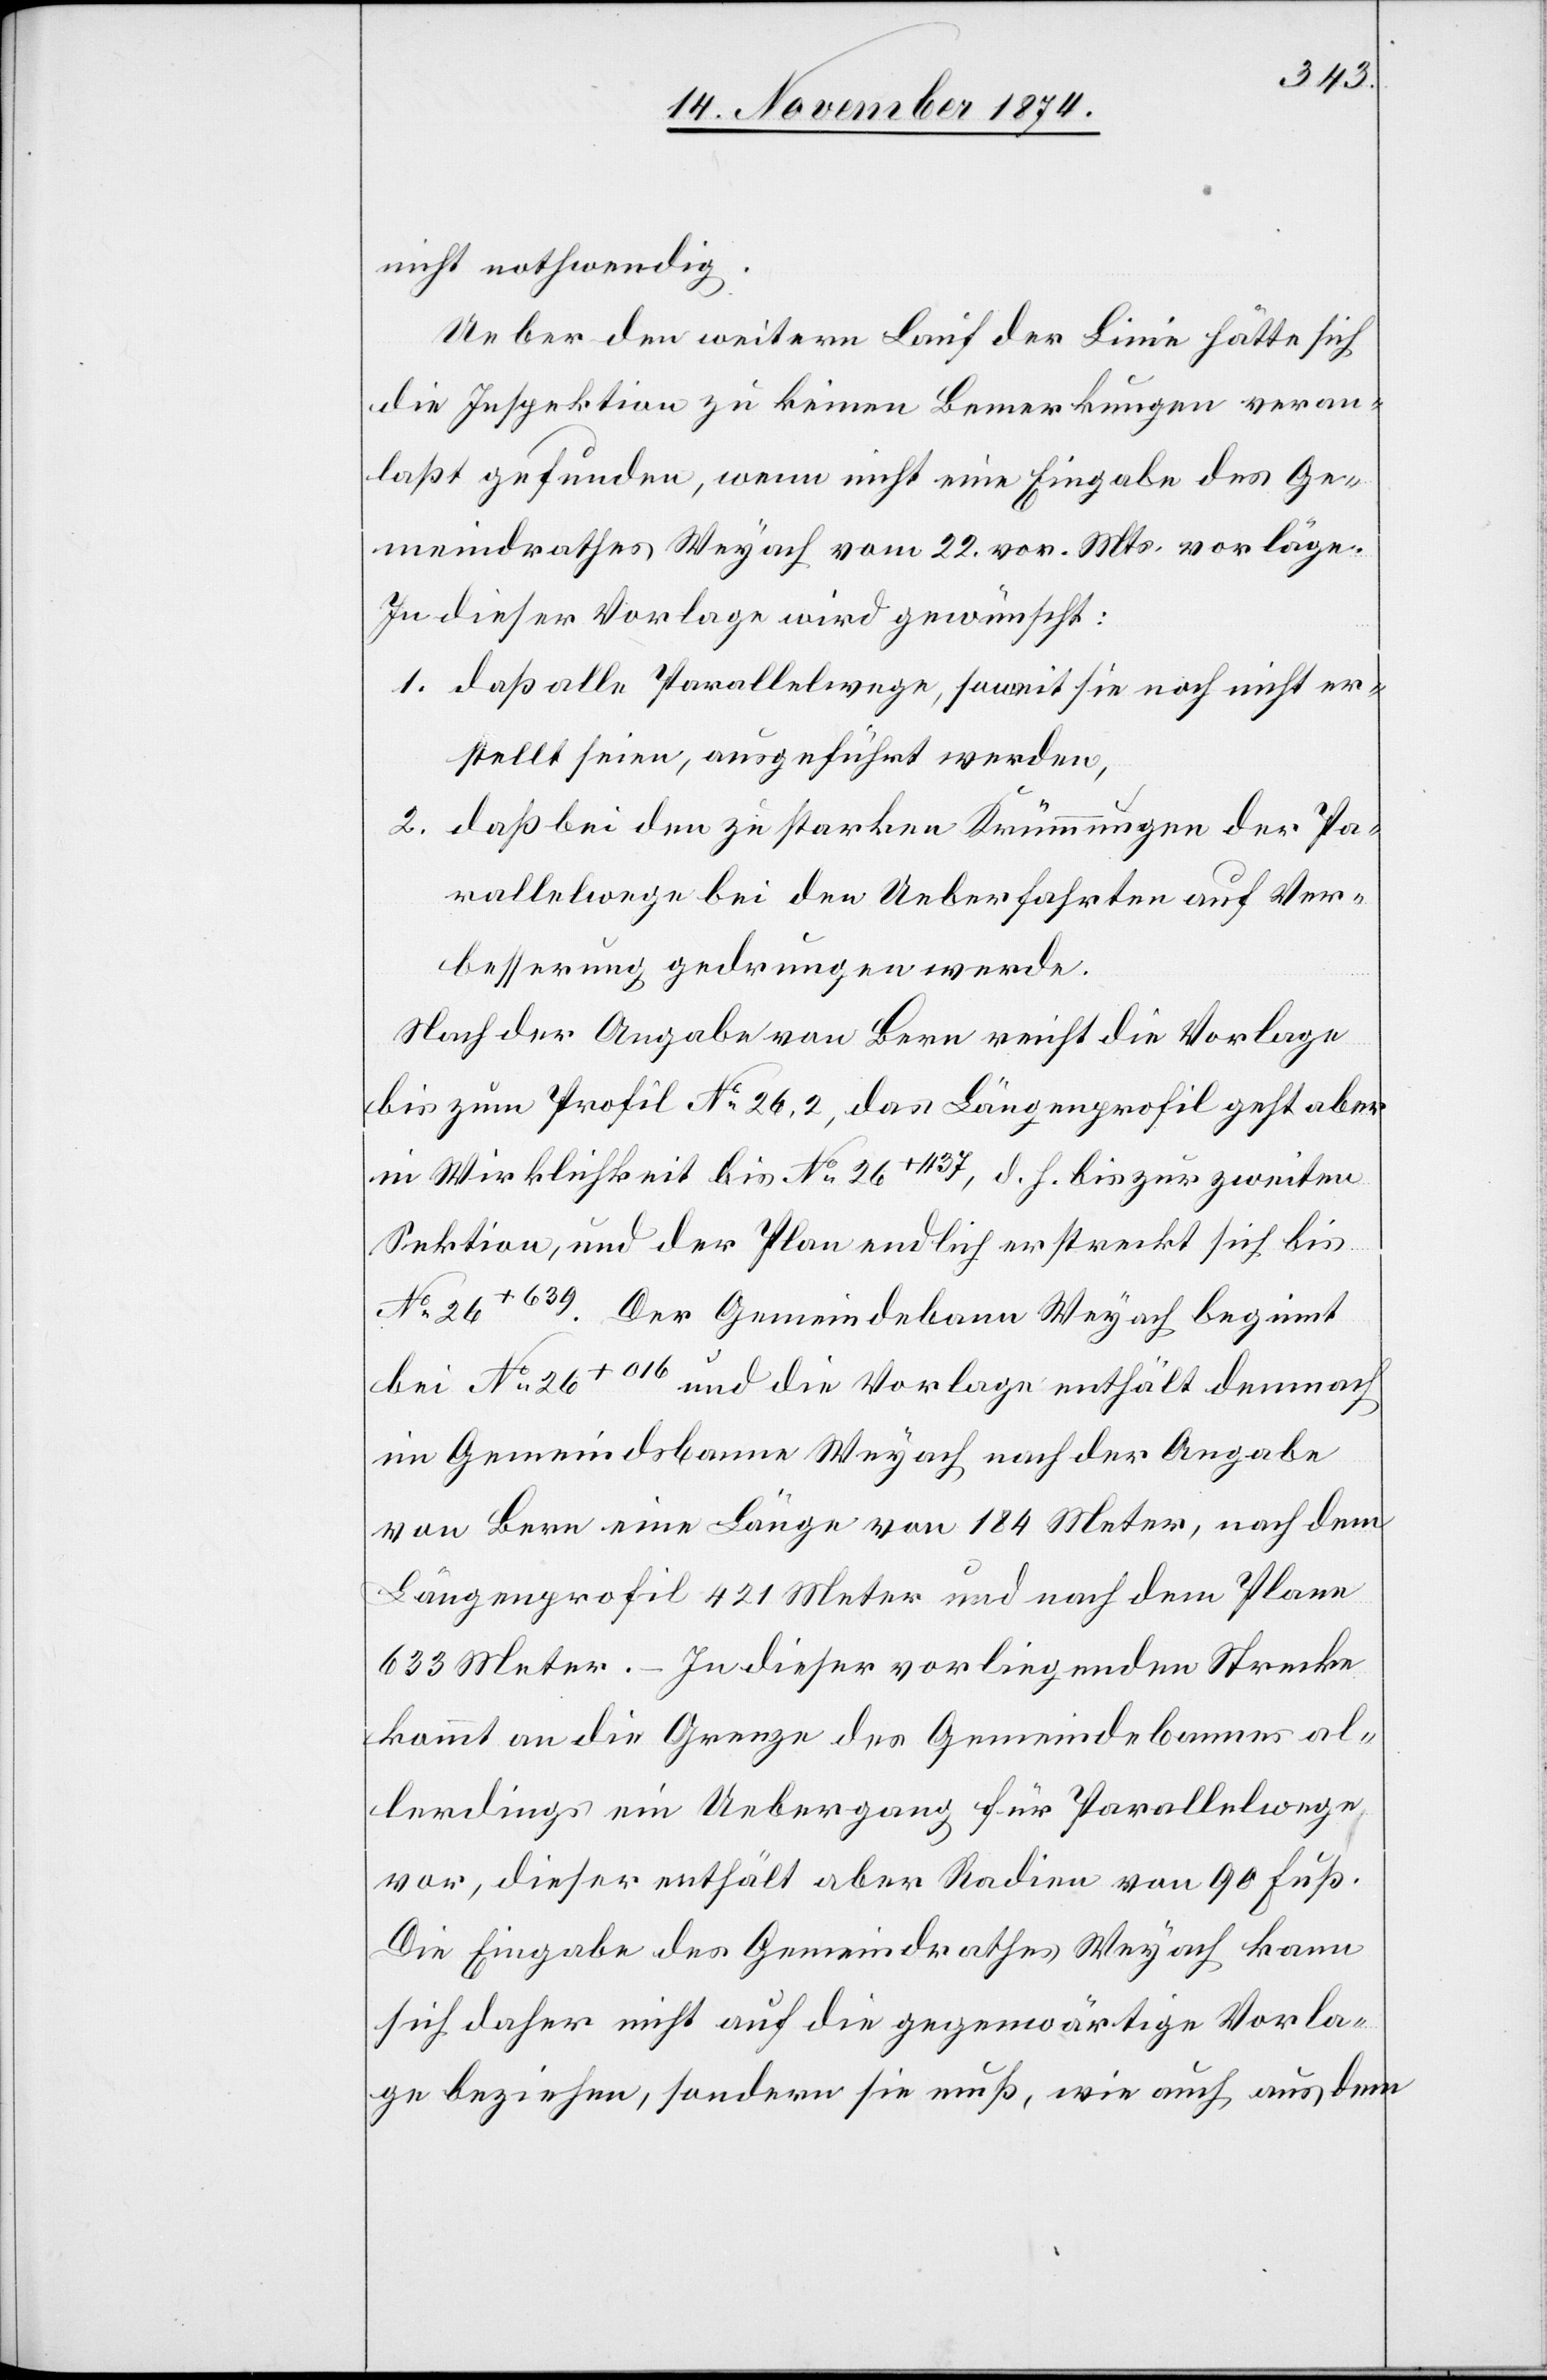
nicht nothwendig.
Ueber den weitern Lauf der Linie hätte sich
die Inspektion zu keinen Bemerkungen veran¬
laßt gefunden, wenn nicht eine Eingabe des Ge¬
meindrathes Weyach vom 22. vor. Mts. vorläge.
In dieser Vorlage wird gewünscht:
1. daß alle Parallelwege, soweit sie noch nicht er¬
stellt seien, ausgeführt werden,
2. daß bei den zu starken Krümmungen der Pa¬
rallelwege bei den Ueberfahrten auf Ver¬
besserung gedrungen werde.
Nach der Angabe von Bern reicht die Vorlage
bis zum Profil No 26,2, das Längenprofil geht aber
in Wirklichkeit bis No 26+1137, d. h. bis zur zweiten
Sektion, und der Plan endlich erstreckt sich bis
No 26+639. Der Gemeindebann Weyach beginnt
bei No 26+016 und die Vorlage enthält demnach
im Gemeindsbanne Weyach nach der Angabe
von Bern eine Länge von 184 Meter, nach dem
Längenprofil 421 Meter und nach dem Plane
633 Meter. – In dieser vorliegenden Strecke
kommt an die Grenze des Gemeindebannes al¬
lerdings ein Uebergang für Parallelwege
vor, dieser enthält aber Radien von 90 Fuß.
Die Eingabe des Gemeindrathes Weyach kann
sich daher nicht auf die gegenwärtige Vorla¬
ge beziehen, sondern sie muß, wie auch aus dem